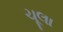
ચૂલા